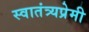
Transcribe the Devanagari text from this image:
स्वातंत्र्यप्रेमी